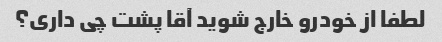
لطفا از خودرو خارج شوید آقا پشت چی داری؟